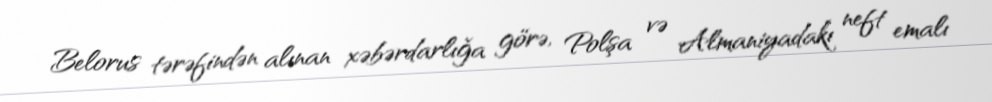
Belorus tərəfindən alınan xəbərdarlığa görə, Polşa və Almaniyadakı neft emalı